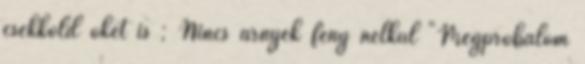
csekkold őket is ; Nincs árnyék fény nélkül "Megpróbálom